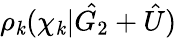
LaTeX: \rho_{\mathit{k}}(\chi_{\mathit{k}}|\hat{{G_{2}}}+\hat{{U}})